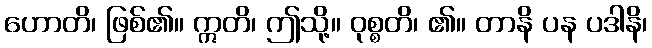
ဟောတိ၊ ဖြစ်၏။ ဣတိ၊ ဤသို့။ ဝုစ္စတိ၊ ၏။ တာနိ ပန ပဒါနိ၊